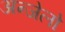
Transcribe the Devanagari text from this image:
अन्जेलो